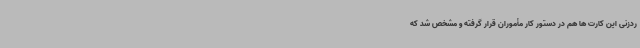
ردزنی این کارت ها هم در دستور کار مأموران قرار گرفته و مشخص شد که